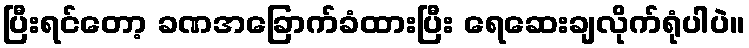
ပြီးရင်တော့ ခဏအခြောက်ခံထားပြီး ရေဆေးချလိုက်ရုံပါပဲ။